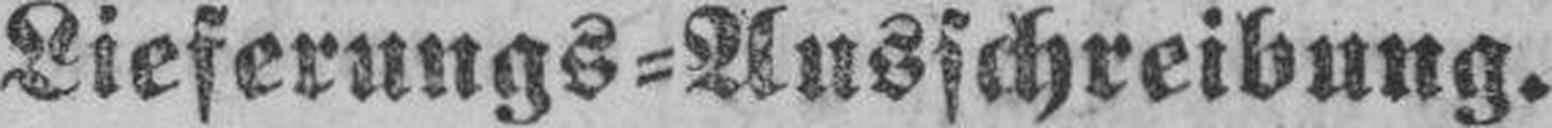
Lieferungs=Ausschreibung.